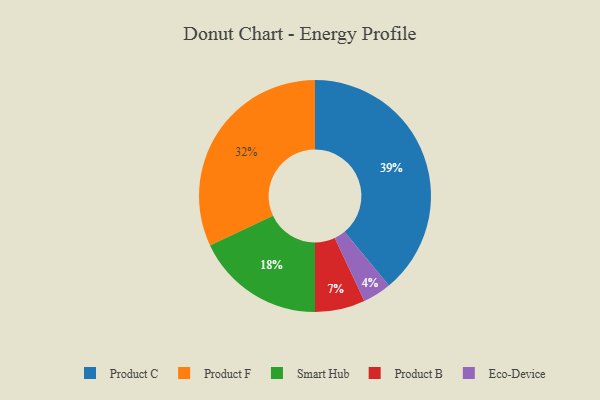
{"axis": {"x": "Category", "y": "Percentage"}, "legend": ["Eco-Device", "Product B", "Product C", "Product F", "Smart Hub"], "data": [{"x": "Product C", "y": 39, "type": "Product C"}, {"x": "Product B", "y": 7, "type": "Product B"}, {"x": "Smart Hub", "y": 18, "type": "Smart Hub"}, {"x": "Eco-Device", "y": 4, "type": "Eco-Device"}, {"x": "Product F", "y": 32, "type": "Product F"}]}